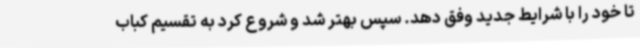
تا خود را با شرایط جدید وفق دهد. سپس بهتر شد و شروع کرد به تقسیم کباب